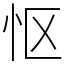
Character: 怄